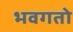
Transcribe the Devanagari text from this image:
भवगतो